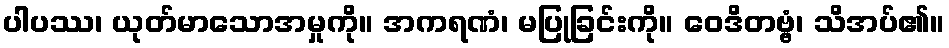
ပါပဿ၊ ယုတ်မာသောအမှုကို။ အကရဏံ၊ မပြုခြင်းကို။ ဝေဒိတဗ္ဗံ၊ သိအပ်၏။